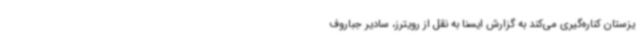
یزستان کناره‌گیری می‌کند به گزارش ایسنا به نقل از رویترز، سادیر جباروف